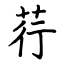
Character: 荇